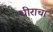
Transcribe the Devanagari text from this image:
धीराचा